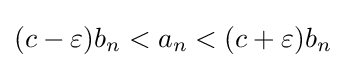
(c-\varepsilon )b_{n}<a_{n}<(c+\varepsilon )b_{n}